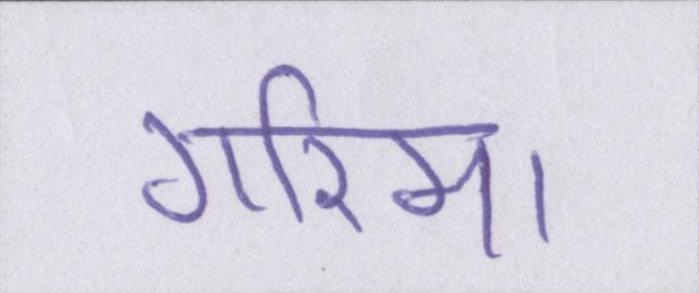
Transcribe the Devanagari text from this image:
गरिमा